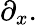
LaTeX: \partial_{x}.